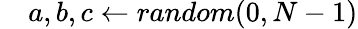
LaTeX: \quad{a,b,c\gets random(0,N-1)}